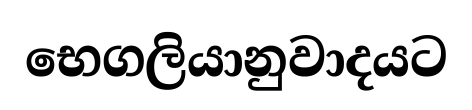
භෙගලියානුවාදයට